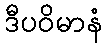
ဒီပဝိမာနံ